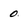
Character: 0